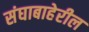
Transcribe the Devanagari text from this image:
संघाबाहेरील